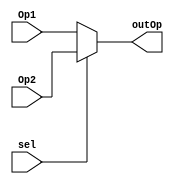
module Mux2_1_32(
	input  sel,
	input [31:0] Op1,
	input [31:0] Op2,
	output reg [31:0]outOp
);

always @ (*)
	begin 
		if(sel)
			outOp=Op2;
		else
			outOp=Op1;
	end
endmodule